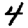
Digit: 4